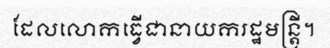
ដែលលោកធ្វើជានាយករដ្ឋមន្ត្រី។